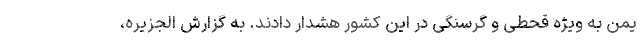
یمن به ویژه قحطی و گرسنگی در این کشور هشدار دادند. به گزارش الجزیره،